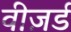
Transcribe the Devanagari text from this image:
वीज़र्ड